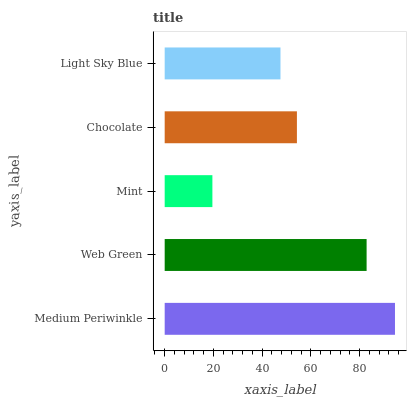
| yaxis_label | bars |
 | --- | --- |
 | Medium Periwinkle | 94.5 |
 | Web Green | 82.9 |
 | Mint | 19.6 |
 | Chocolate | 54.3 |
 | Light Sky Blue | 47.5 |